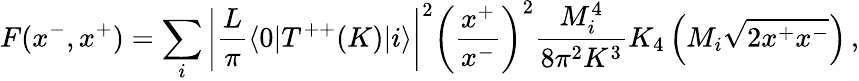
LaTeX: F(x^{-},x^{+})=\sum_{i}\left|{\frac{L}{\pi}}\langle 0|T^{++}(K)|i\rangle\right|^{2}\left({\frac{x^{+}}{x^{-}}}\right)^{2}{\frac{M_{i}^{4}}{8\pi^{2}K^{3}}}K_{4}\left(M_{i}\sqrt{2x^{+}x^{-}}\right)\, ,